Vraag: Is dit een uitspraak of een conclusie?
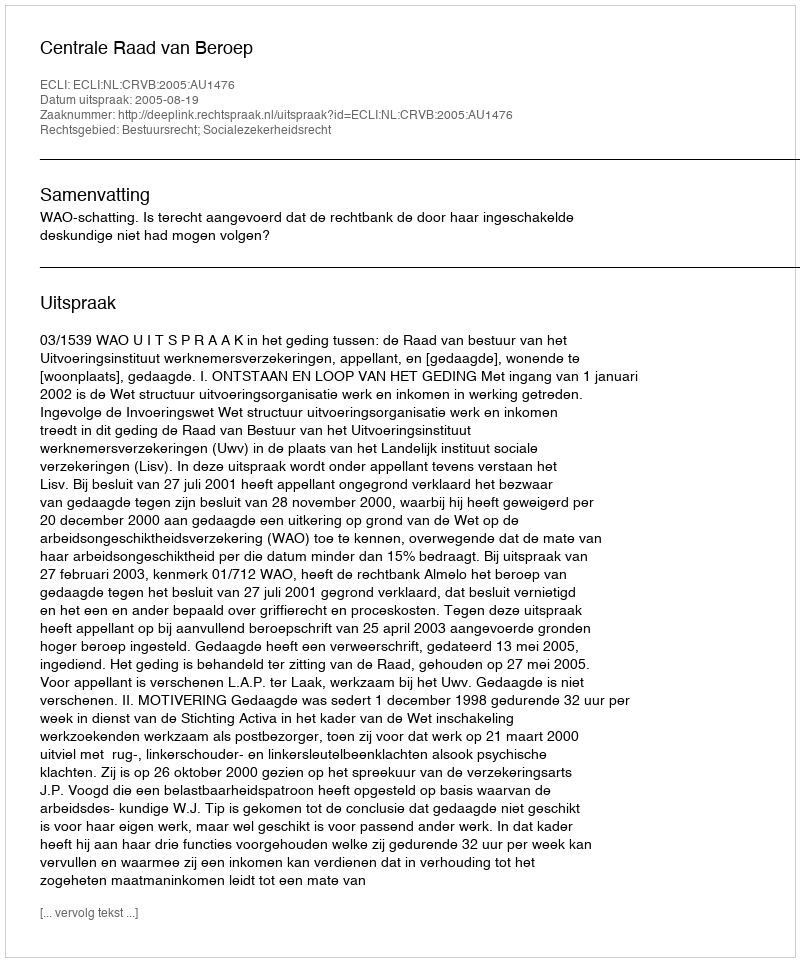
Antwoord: Uitspraak